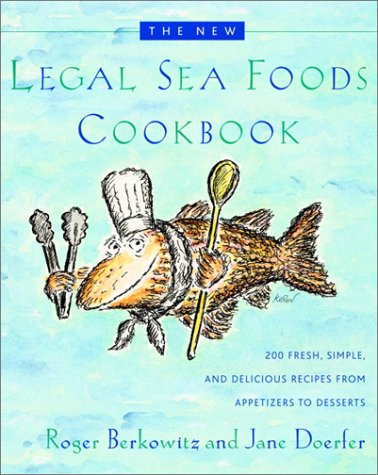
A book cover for The New Legal Sea Foods Cookbook; Roger Berkowitz; Cookbooks, Food & Wine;